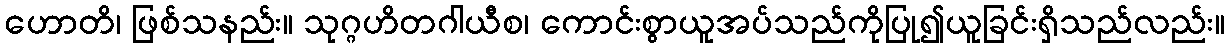
ဟောတိ၊ ဖြစ်သနည်း။ သုဂ္ဂဟိတဂါယီစ၊ ကောင်းစွာယူအပ်သည်ကိုပြု၍ယူခြင်းရှိသည်လည်း။